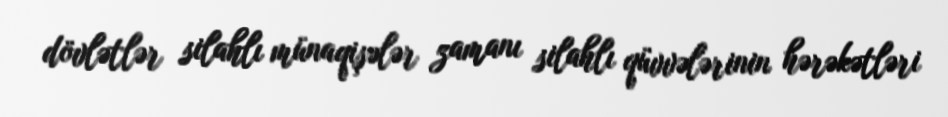
dövlətlər silahlı münaqişələr zamanı silahlı qüvvələrinin hərəkətləri